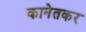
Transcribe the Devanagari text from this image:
कानेतकर